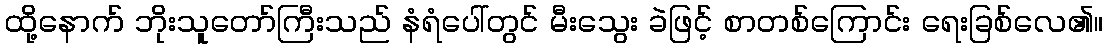
ထို့နောက် ဘိုးသူတော်ကြီးသည် နံရံပေါ်တွင် မီးသွေး ခဲဖြင့် စာတစ်ကြောင်း ရေးခြစ်လေ၏။